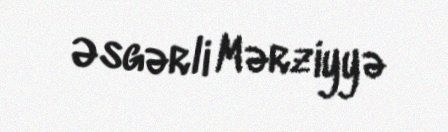
Əsgərli Mərziyyə